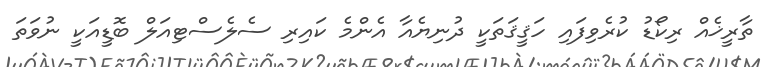
ތާރީޚެއް ރިކޯޑު ކުރެވިފައި ހަޤީޤަތަކީ ދުނިޔެއާ އެންމެ ކައިރި ސެލެސްޓިއަލް ބޮޑީއަކީ ނުވަތަ